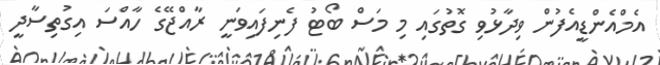
އެމްއެންޑީއެފުން ވިދާޅުވި ގޮތުގައި މި މަސް ބޯޓު ފެނިފައިވަނީ ރާއްޖޭގެ ހާއްސަ އިގުތިސާދީ